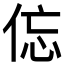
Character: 𱎱